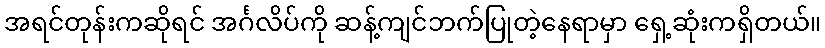
အရင်တုန်းကဆိုရင် အင်္ဂလိပ်ကို ဆန့်ကျင်ဘက်ပြုတဲ့နေရာမှာ ရှေ့ဆုံးကရှိတယ်။